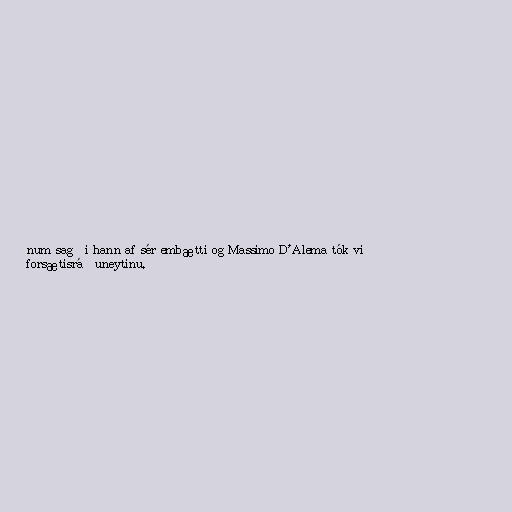
num sagði hann af sér embætti og Massimo D'Alema tók við
forsætisráðuneytinu.